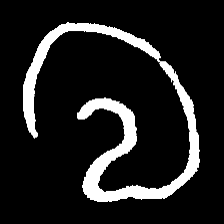
Pyu character \u2014 Myanmar letter: လ (romanized: la)